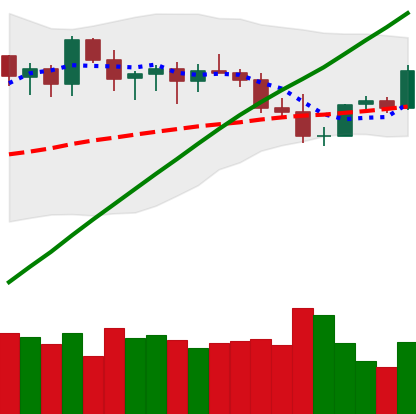
Ticker: ETH-USD
Chart end date: 2021-03-29
Forward return: 11.471%
Label: up_7plus